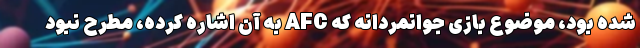
شده بود، موضوع بازی جوانمردانه که AFC به آن اشاره کرده، مطرح نبود